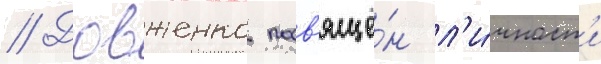
// Довженко посв'ящё́н л'и́чност'и